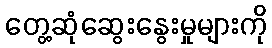
တွေ့ဆုံဆွေးနွေးမှုများကို